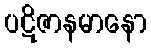
ပဋိဇာနမာနော